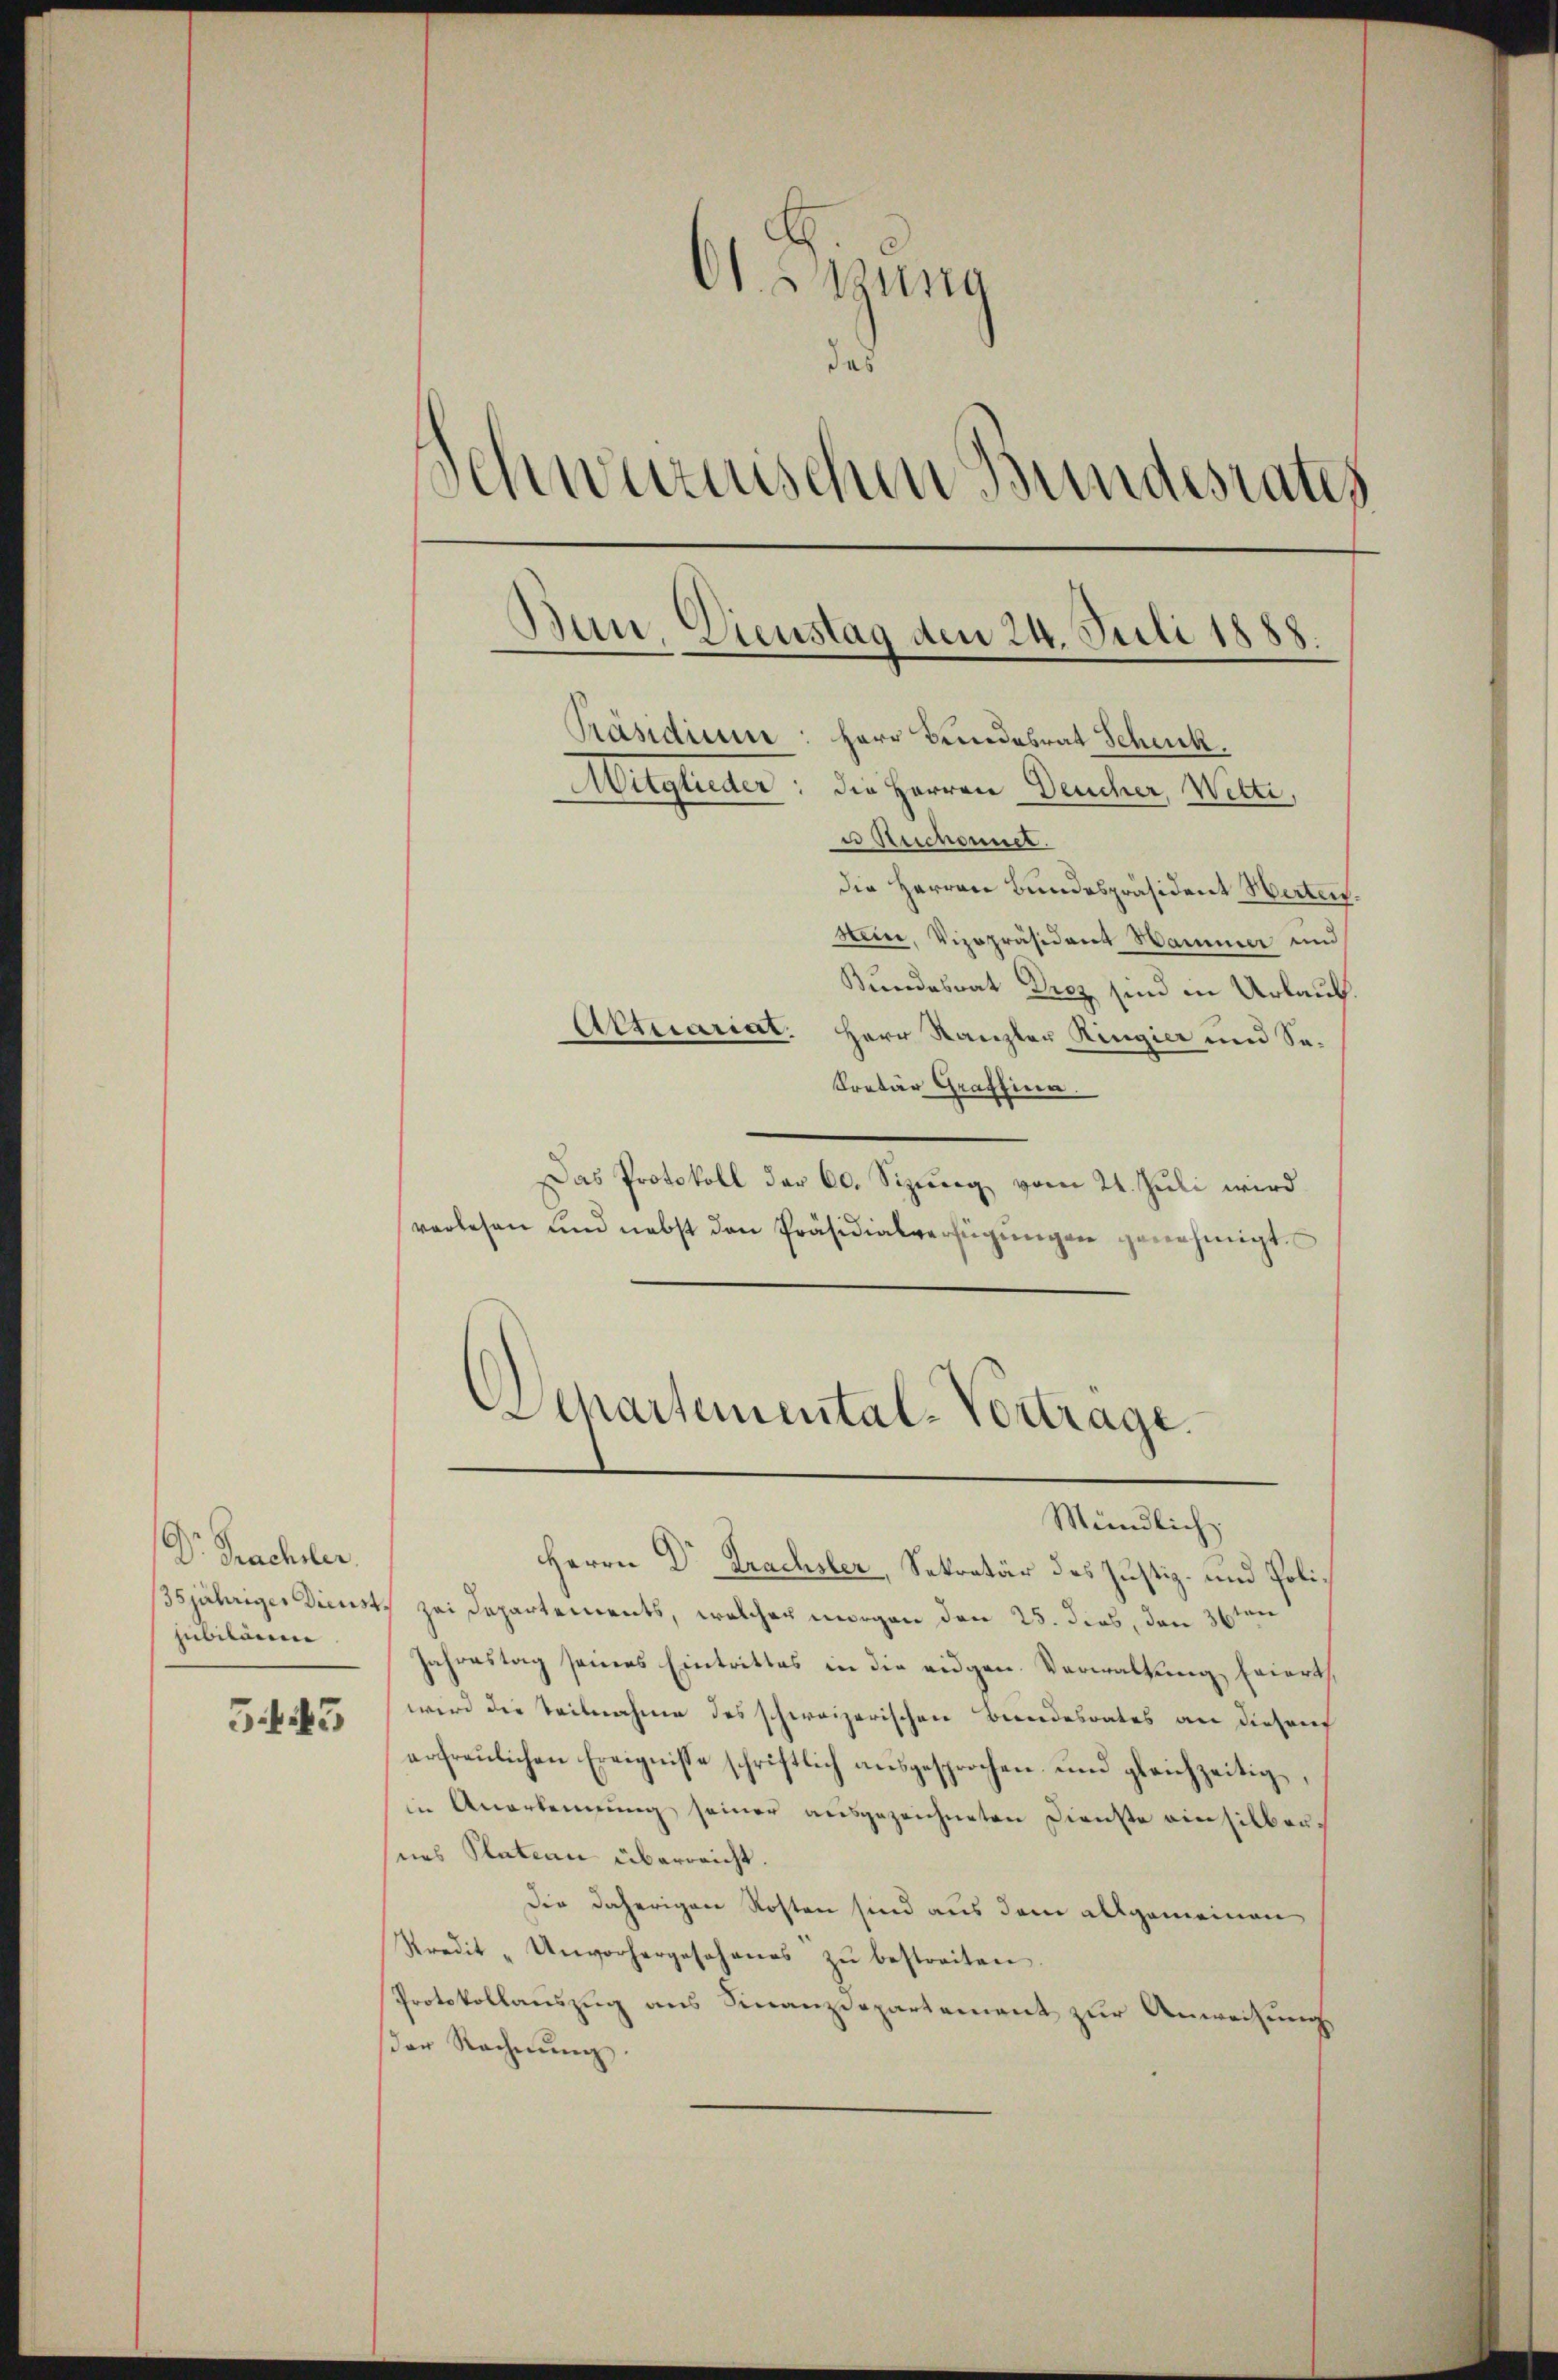
Dr. Bachsler.
jubildern

55

O. stung
das
Schwarzischen Bundesrates
Ban, Dienstag den 24. Juli 1888.
Präsidium: Herr Bundesrat Schenk.
Mitglieder; die Herren Deucher, Witte,
u Reichenner.
die Herren Bundespräsident Herten.
stein, Vizepräsident Hammer und
Bundesrat Drez sind in Urlauf.
Aktuariat. Herr Kanzler Ringier und So¬

Pretär Graffina
Das Protokoll der 60. Sizung vom 24. Juli wird
vorlesen und nebst den Präsidialverfügungen genehmigt.

sjähriger Dienst, zei Departements, welcher morgen den 25. dies, den 36ten
Jahrestag seines Eintrittes in die eidgen. Verwaltung, Eriert
wird die Teilnahme des schweizerischen Bundesrates an diesem
erfraŭlichen Ereignisse schriftlich aŭsgesprochen und gleichzeitig,
in Anerkennung seiner ausgezeichneten Dienste einsilbersees Plation überreicht.
Die daherigen Kosten sind aus dem allgemeinen
Kredit "Unvorhergosohanes zŭ bestreiten.
Protokollauszug aus Finanzdepartement zur Anweisung
der Rechnŭng.

Departemental-Vortrage.
Mündlich
Herrn Dr Trachsler, Sekretär des Justiz- und Poli¬